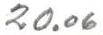
20,06